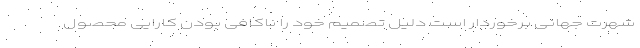
شهرت جهانی برخوردار است دلیل تصمیم خود را ناکافی بودن کارایی محصول